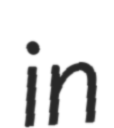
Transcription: in